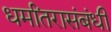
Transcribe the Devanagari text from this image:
धर्मांतरासंबंधी